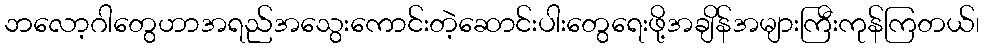
ဘလော့ဂါတွေဟာအရည်အသွေးကောင်းတဲ့ဆောင်းပါးတွေရေးဖို့အချိန်အများကြီးကုန်ကြတယ်၊